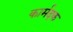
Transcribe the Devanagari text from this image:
कार्मदक